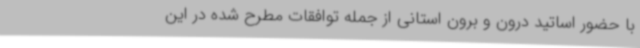
با حضور اساتید درون و برون استانی از جمله توافقات مطرح شده در این